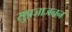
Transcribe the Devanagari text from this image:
सुप्रजाजनन